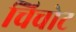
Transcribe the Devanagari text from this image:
चिचोट